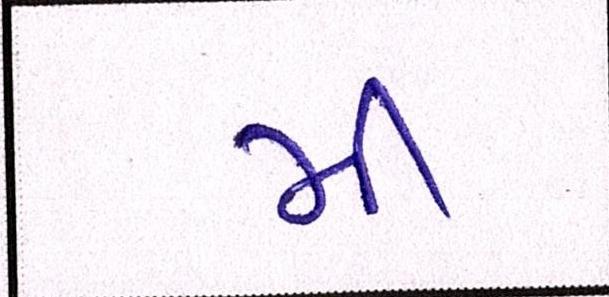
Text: મી